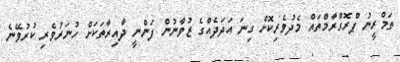
ތަމްރީނު ޕްރޮގްރާމްތައް މެދުވެރިކޮށް ގިނަ އަދަދެއްގެ ޒުވާނުން ފަންނީ ދާއިރާތަކަށް ހުނަރުވެރި ކުރުވޭނެ